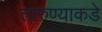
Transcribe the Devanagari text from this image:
तारुण्याकडे